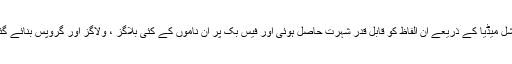
سوشل میڈیا کے ذریعے ان الفاظ کو قابل قدر شہرت حاصل ہوئی اور فیس بک پر ان ناموں کے کئی بلاگز ، ولاگز اور گروپس بنائے گئے۔